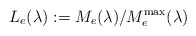
\begin{align*}L_e(\lambda):=M_e(\lambda)/M_e^{\rm max}(\lambda)\end{align*}